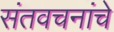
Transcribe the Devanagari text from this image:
संतवचनांचे